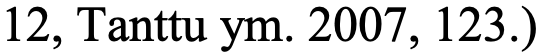
12, Tanttu ym. 2007, 123.)